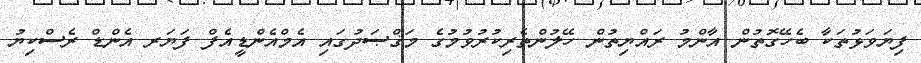
ފިޔަވަޅުތަކާ ބެހޭގޮތުން އާންމު ރައްޔިތުން ހޭލުންތެރިކުރުވުމުގެ މަޤްޞަދުގައި އެމްއެންޑީއެފް ފަޔަރ އެންޑް ރެސްކިޔު